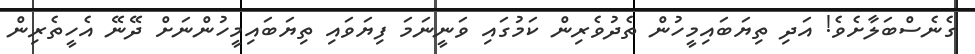
ގެނެސްބަލާށެވެ! އަދި ތިޔަބައިމީހުން ތެދުވެރިން ކަމުގައި ވަނީނަމަ ފިޔަވައި ތިޔަބައިމީހުންނަށް ދޭނޭ އެހީތެރިން